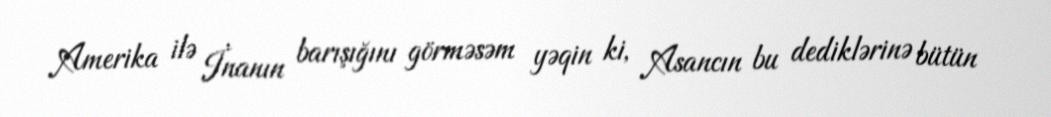
Amerika ilə İnanın barışığını görməsəm yəqin ki, Asancın bu dediklərinə bütün